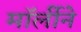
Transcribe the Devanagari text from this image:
मॉर्लीने